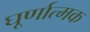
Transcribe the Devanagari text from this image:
घूर्णात्मक